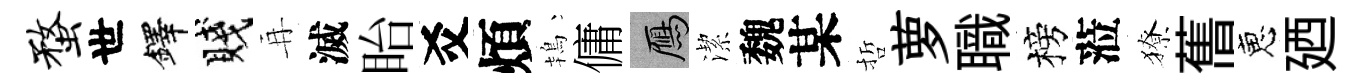
蝥世鐸賤再滅眙爻煩鴇傭鴈潔魏某哲萝職榜蒞獠𦾔恵廼